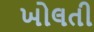
ખોલતી